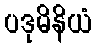
ပဒုမိနိယံ